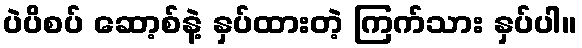
ပဲပိစပ် ဆော့စ်နဲ့ နှပ်ထားတဲ့ ကြက်သား နှပ်ပါ။